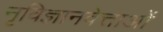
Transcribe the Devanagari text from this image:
नृविज्ञानवेत्ताओं